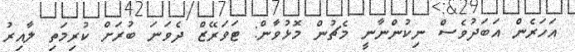
އަހަރެން އަބަދުވެސް ނިކުންނާނީ މެޗުން މޮޅުވާން: ޓަވަރޭޒް ދެވަނަ ބުރަށް ކުރިމަތި ލާއިރު